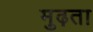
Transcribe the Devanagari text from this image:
मुढ़ता